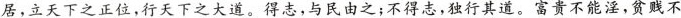
居，立天下之正位，行天下之大道。得志，与民由之；不得志，独行其道。富贵不能淫，贫贱不